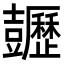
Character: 𧰡